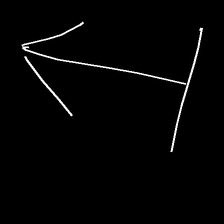
Glyph: levitation